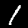
Digit: 1